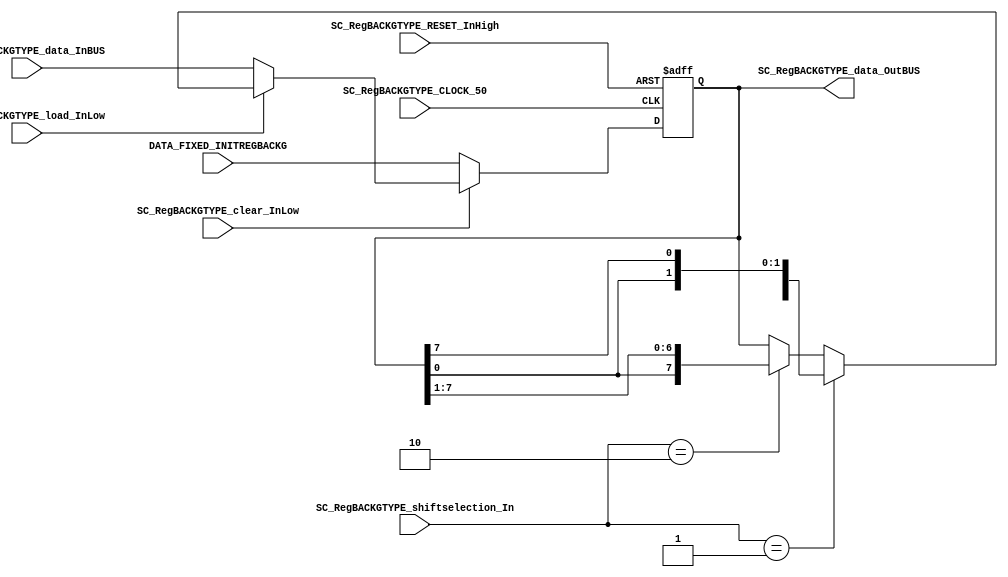
/*######################################################################
//#	G0B1T: HDL EXAMPLES. 2018.
//######################################################################
//# Copyright (C) 2018. F.E.Segura-Quijano (FES) fsegura@uniandes.edu.co
//# 
//# This program is free software: you can redistribute it and/or modify
//# it under the terms of the GNU General Public License as published by
//# the Free Software Foundation, version 3 of the License.
//#
//# This program is distributed in the hope that it will be useful,
//# but WITHOUT ANY WARRANTY; without even the implied warranty of
//# MERCHANTABILITY or FITNESS FOR A PARTICULAR PURPOSE.  See the
//# GNU General Public License for more details.
//#
//# You should have received a copy of the GNU General Public License
//# along with this program.  If not, see <http://www.gnu.org/licenses/>
//####################################################################*/
//=======================================================
//  MODULE Definition
//=======================================================
module SC_RegBACKGTYPE #(parameter RegBACKGTYPE_DATAWIDTH=8)(
	//////////// OUTPUTS //////////
	SC_RegBACKGTYPE_data_OutBUS,
	//////////// INPUTS //////////
	SC_RegBACKGTYPE_CLOCK_50,
	SC_RegBACKGTYPE_RESET_InHigh,
	SC_RegBACKGTYPE_clear_InLow, 
	SC_RegBACKGTYPE_load_InLow, 
	SC_RegBACKGTYPE_shiftselection_In,
	SC_RegBACKGTYPE_data_InBUS,
	DATA_FIXED_INITREGBACKG
);
//=======================================================
//  PARAMETER declarations
//=======================================================

//=======================================================
//  PORT declarations
//=======================================================
output		[RegBACKGTYPE_DATAWIDTH-1:0]	SC_RegBACKGTYPE_data_OutBUS;
input		SC_RegBACKGTYPE_CLOCK_50;
input		SC_RegBACKGTYPE_RESET_InHigh;
input		SC_RegBACKGTYPE_clear_InLow;
input		SC_RegBACKGTYPE_load_InLow;	
input		[1:0] SC_RegBACKGTYPE_shiftselection_In;
input		[RegBACKGTYPE_DATAWIDTH-1:0]	SC_RegBACKGTYPE_data_InBUS;
input		[7:0]DATA_FIXED_INITREGBACKG;
//=======================================================
//  REG/WIRE declarations
//=======================================================
reg [RegBACKGTYPE_DATAWIDTH-1:0] RegBACKGTYPE_Register;
reg [RegBACKGTYPE_DATAWIDTH-1:0] RegBACKGTYPE_Signal;
//=======================================================
//  Structural coding
//=======================================================
//INPUT LOGIC: COMBINATIONAL
always @(*)
begin
	if (SC_RegBACKGTYPE_clear_InLow == 1'b0)
		RegBACKGTYPE_Signal = DATA_FIXED_INITREGBACKG;
	else if (SC_RegBACKGTYPE_load_InLow == 1'b0)
		RegBACKGTYPE_Signal = SC_RegBACKGTYPE_data_InBUS;
	else if (SC_RegBACKGTYPE_shiftselection_In == 2'b01)
		RegBACKGTYPE_Signal = {RegBACKGTYPE_Register[RegBACKGTYPE_DATAWIDTH-2:0],RegBACKGTYPE_Register[RegBACKGTYPE_DATAWIDTH-1]};
	else if (SC_RegBACKGTYPE_shiftselection_In== 2'b10)
		RegBACKGTYPE_Signal = {RegBACKGTYPE_Register[0],RegBACKGTYPE_Register[RegBACKGTYPE_DATAWIDTH-1:1]};
	else
		RegBACKGTYPE_Signal = RegBACKGTYPE_Register;
	end	
//STATE REGISTER: SEQUENTIAL
always @(posedge SC_RegBACKGTYPE_CLOCK_50, posedge SC_RegBACKGTYPE_RESET_InHigh)
begin
	if (SC_RegBACKGTYPE_RESET_InHigh == 1'b1)
		RegBACKGTYPE_Register <= 0;
	else
		RegBACKGTYPE_Register <= RegBACKGTYPE_Signal;
end
//=======================================================
//  Outputs
//=======================================================
//OUTPUT LOGIC: COMBINATIONAL
assign SC_RegBACKGTYPE_data_OutBUS = RegBACKGTYPE_Register;

endmodule